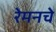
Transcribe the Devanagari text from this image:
रेमनचे